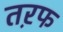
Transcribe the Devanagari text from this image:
तऱफ